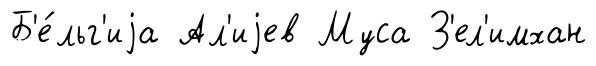
Б'е́льг'иjа Ал'иjев Муса З'ел'имхан